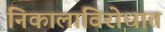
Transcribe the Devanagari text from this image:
निकालाविरोधात